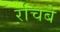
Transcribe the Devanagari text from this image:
रचिबे